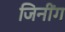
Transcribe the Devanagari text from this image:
जिनींग